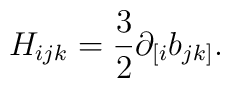
H_{ijk} = \frac{3}{2}\partial_{[i}b_{jk]} .